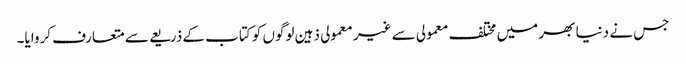
جس نے دنیا بھر میں مختلف معمولی سے غیر معمولی ذہین لوگوں کو کتاب کے ذریعے سے متعارف کروایا۔